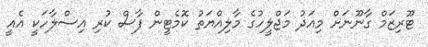
ޓޫރިޒަމް ގާނޫނަށް މިއަދު މަޖްލީހުގެ މާލިއްޔަތު ކޮމެޓީން ފާސް ކުރި އިސްލާހަކީ އެއީ